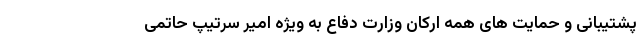
پشتیبانی و حمایت های همه ارکان وزارت دفاع به ویژه امیر سرتیپ حاتمی